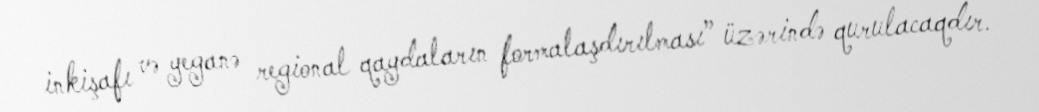
inkişafı və yeganə regional qaydaların formalaşdırılması” üzərində qurulacaqdır.